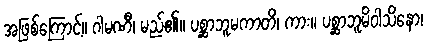
အဖြစ်ကြောင့်။ ဂါမဏီ၊ မည်၏။ ပစ္ဆာဘူမကာတိ၊ ကား။ ပစ္ဆာဘူမိဝါသိနော၊